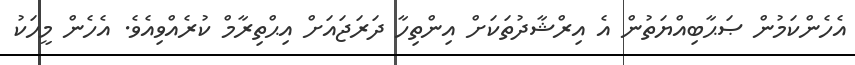
އެހެންކަމުން ޞަޙާބިއްޔަތުން އެ އިރްޝާދުތަކަށް އިންތިހާ ދަރަޖައަށް އިޙްތިރާމް ކުރެއްވިއެވެ. އެހެން މީހަކު